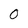
Character: O